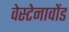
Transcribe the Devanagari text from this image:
वेस्टेनावोंड